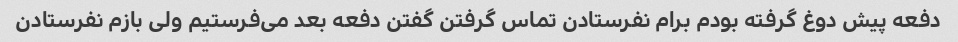
دفعه پیش دوغ گرفته بودم برام نفرستادن تماس گرفتن گفتن دفعه بعد می‌فرستیم ولی بازم نفرستادن